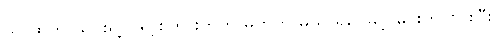
သာထက် သင်းရို့ ငါရို့ စကားတတ် မတတ် မသိ ရပေမင့် မင်းကို ဝိုင်းပြီး